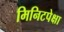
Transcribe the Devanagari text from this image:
मिनिटपेक्षा